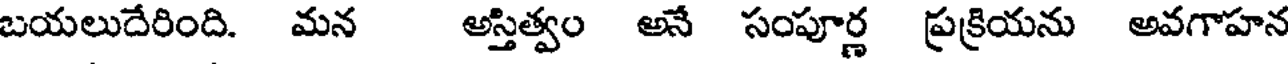
బయలుదేరింది. మన అస్తిత్వం అనే సంపూర్ణ ప్రక్రియను అవగాహన